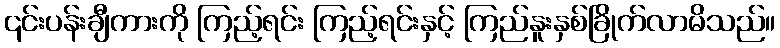
၎င်းပန်းချီကားကို ကြည့်ရင်း ကြည့်ရင်းနှင့် ကြည်နူးနှစ်ခြိုက်လာမိသည်။